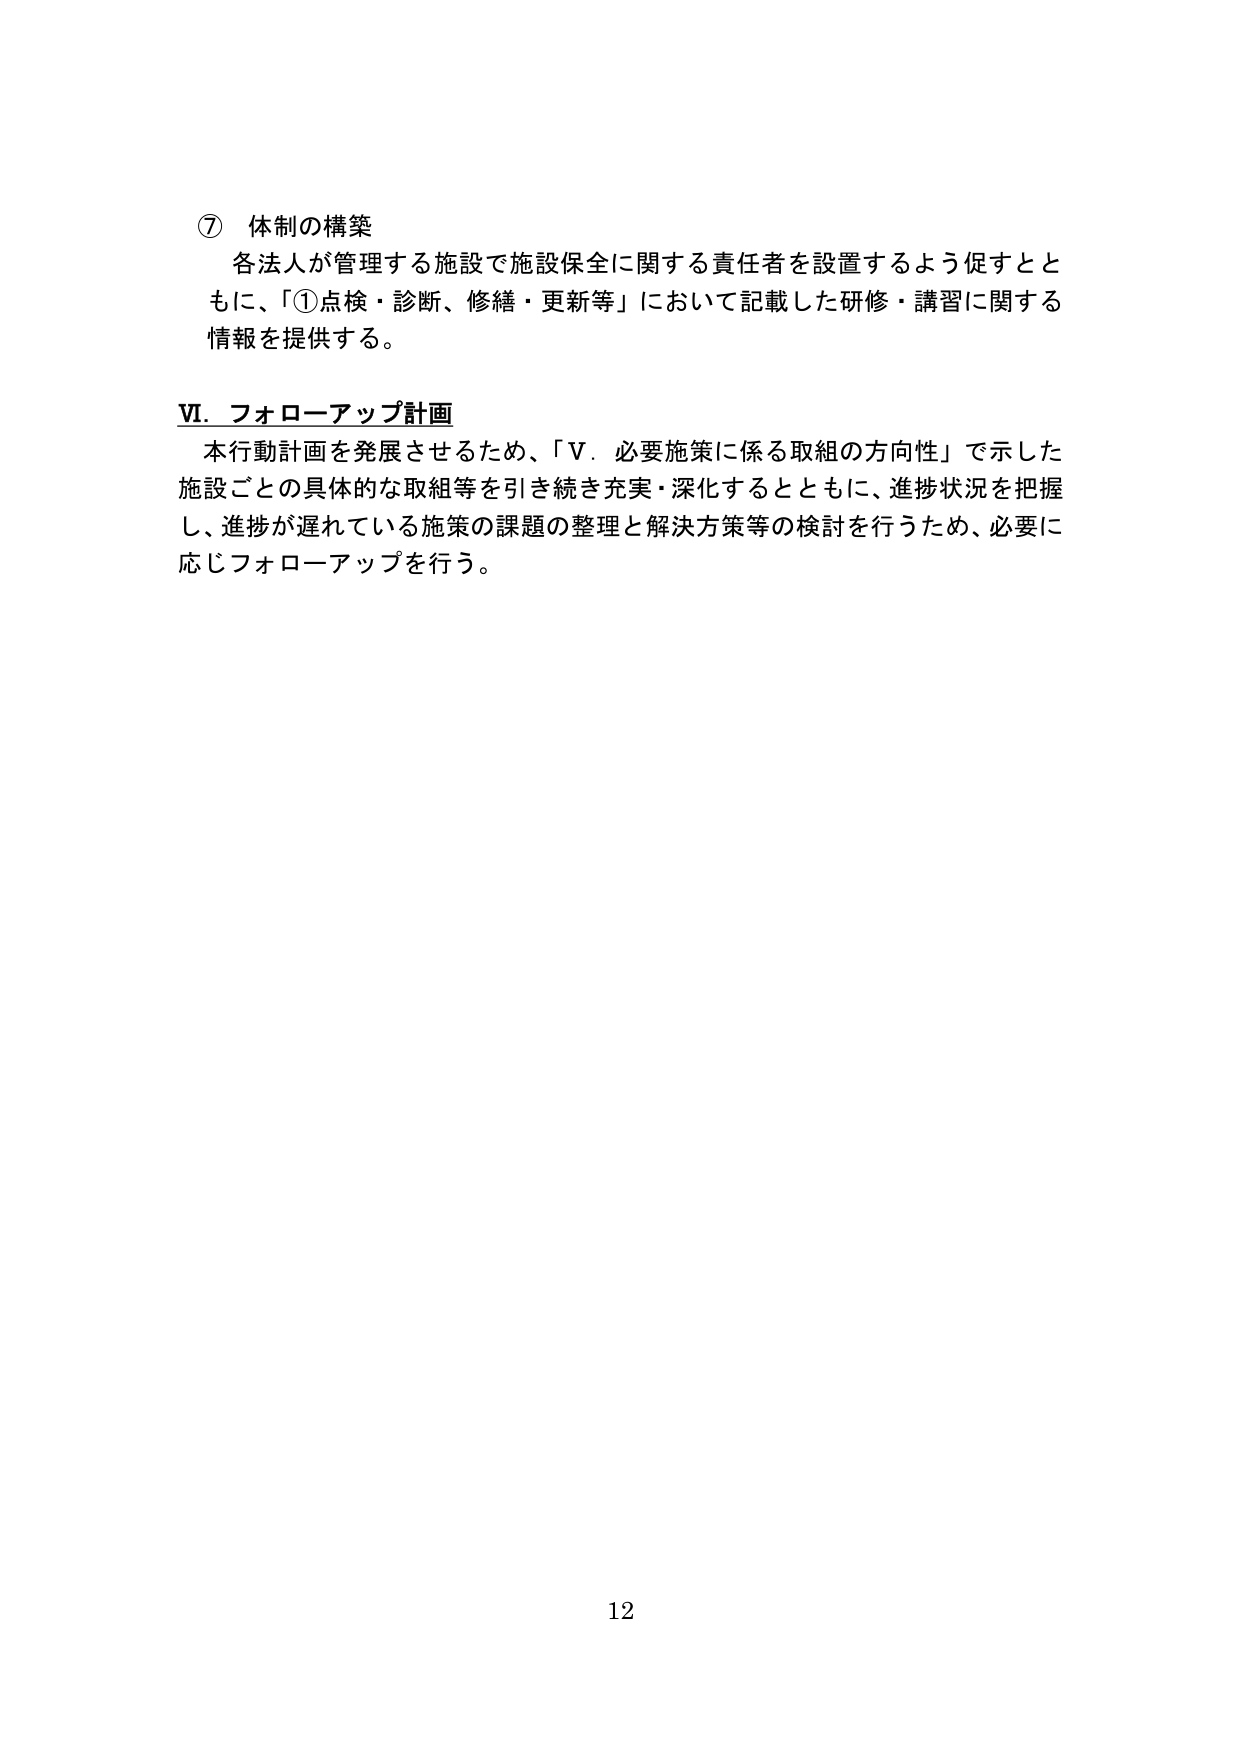
⑦ 体制の構築
各法人が管理する施設で施設保全に関する責任者を設置するよう促すとともに、「①点検・診断、修繕・更新等」において記載した研修・講習に関する情報を提供する。

Ⅵ．フォローアップ計画
本行動計画を発展させるため、「Ⅴ．必要施策に係る取組の方向性」で示した施設ごとの具体的な取組等を引き続き充実・深化するとともに、進捗状況を把握し、進捗が遅れている施策の課題の整理と解決方策等の検討を行うため、必要に応じフォローアップを行う。

12